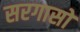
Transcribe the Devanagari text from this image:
सरगासो